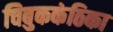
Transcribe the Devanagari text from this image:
चिबुककंठिका